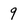
Character: 9